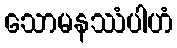
သောမနဿံပါဟံ